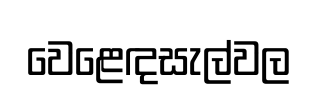
වෙළෙඳසැල්වල